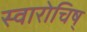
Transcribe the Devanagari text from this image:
स्वारोचिष्‌